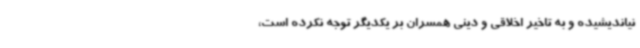
نیاندیشیده و به تاخیر اخلاقی و دینی همسران بر یکدیگر توجه نکرده است،